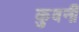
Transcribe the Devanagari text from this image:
कुवर्नी